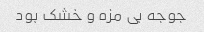
جوجه بی مزه و خشک بود